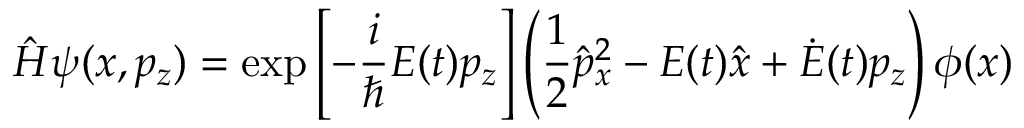
\hat { H } \psi ( x , p _ { z } ) = \exp \left[ - \frac { i } { \hbar } E ( t ) p _ { z } \right] \left( \frac { 1 } { 2 } \hat { p } _ { x } ^ { 2 } - E ( t ) \hat { x } + \dot { E } ( t ) p _ { z } \right) \phi ( x )